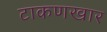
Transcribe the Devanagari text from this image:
टाकणखार